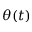
\theta ( t )